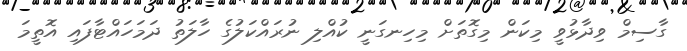
ގާސިމް ވިދާޅުވީ މިކަން މިގޮތަށް މިހިނގަނީ ކުއްލި ނުރައްކަލުގެ ހާލަތު ދަމަހައްޓާފައި އޮތީމަ